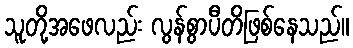
သူတို့အဖေလည်း လွန်စွာပီတိဖြစ်နေသည်။